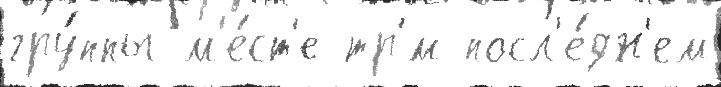
гру́ппы м'е́ст'е тр'́м посл'е́дн'ем